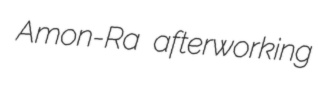
Amon-Ra afterworking